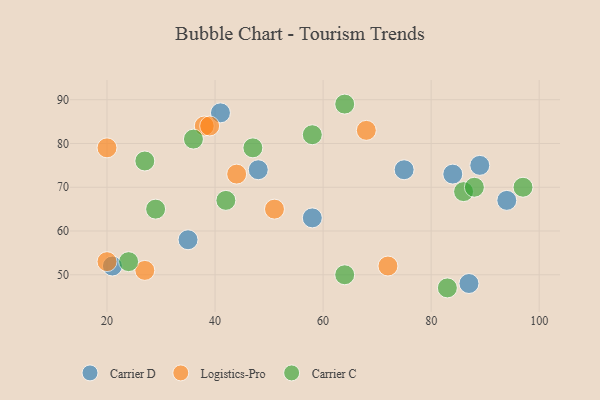
{"axis": {"x": "GDP", "y": "Life Expectancy"}, "legend": ["Carrier C", "Carrier D", "Logistics-Pro"], "data": [{"x": "48", "y": 74, "type": "Carrier D"}, {"x": "89", "y": 75, "type": "Carrier D"}, {"x": "58", "y": 63, "type": "Carrier D"}, {"x": "41", "y": 87, "type": "Carrier D"}, {"x": "87", "y": 48, "type": "Carrier D"}, {"x": "35", "y": 58, "type": "Carrier D"}, {"x": "21", "y": 52, "type": "Carrier D"}, {"x": "94", "y": 67, "type": "Carrier D"}, {"x": "75", "y": 74, "type": "Carrier D"}, {"x": "84", "y": 73, "type": "Carrier D"}, {"x": "44", "y": 73, "type": "Logistics-Pro"}, {"x": "51", "y": 65, "type": "Logistics-Pro"}, {"x": "68", "y": 83, "type": "Logistics-Pro"}, {"x": "38", "y": 84, "type": "Logistics-Pro"}, {"x": "72", "y": 52, "type": "Logistics-Pro"}, {"x": "20", "y": 53, "type": "Logistics-Pro"}, {"x": "27", "y": 51, "type": "Logistics-Pro"}, {"x": "39", "y": 84, "type": "Logistics-Pro"}, {"x": "20", "y": 79, "type": "Logistics-Pro"}, {"x": "36", "y": 81, "type": "Carrier C"}, {"x": "47", "y": 79, "type": "Carrier C"}, {"x": "83", "y": 47, "type": "Carrier C"}, {"x": "27", "y": 76, "type": "Carrier C"}, {"x": "29", "y": 65, "type": "Carrier C"}, {"x": "97", "y": 70, "type": "Carrier C"}, {"x": "24", "y": 53, "type": "Carrier C"}, {"x": "86", "y": 69, "type": "Carrier C"}, {"x": "64", "y": 89, "type": "Carrier C"}, {"x": "64", "y": 50, "type": "Carrier C"}, {"x": "88", "y": 70, "type": "Carrier C"}, {"x": "58", "y": 82, "type": "Carrier C"}, {"x": "42", "y": 67, "type": "Carrier C"}]}